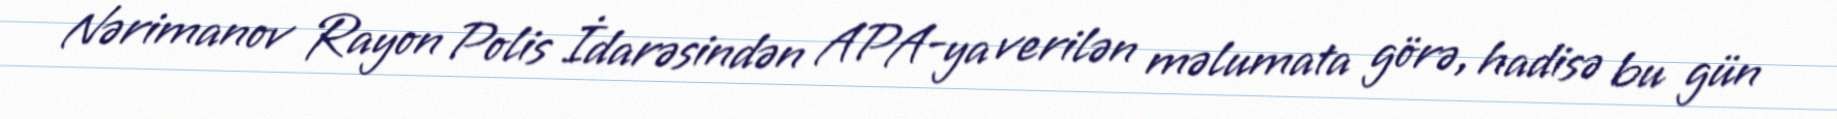
Nərimanov Rayon Polis İdarəsindən APA-ya verilən məlumata görə, hadisə bu gün